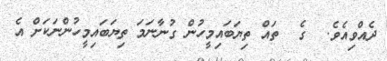
ދެއްވިއެވެ.  ގެ  ތައް ތިޔަބައިމީހުން ގުނާނަމަ ތިޔަބައިމީހުންނަކަށް އެ